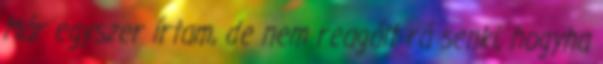
Már egyszer írtam, de nem reagált rá senki, hogyha